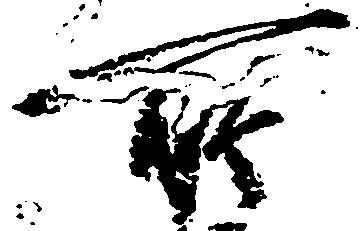
所